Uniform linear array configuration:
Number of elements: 16
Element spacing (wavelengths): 0.25
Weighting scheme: cosine
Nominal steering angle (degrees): -45
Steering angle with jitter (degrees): -45.167
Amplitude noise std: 0.05
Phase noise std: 0.05

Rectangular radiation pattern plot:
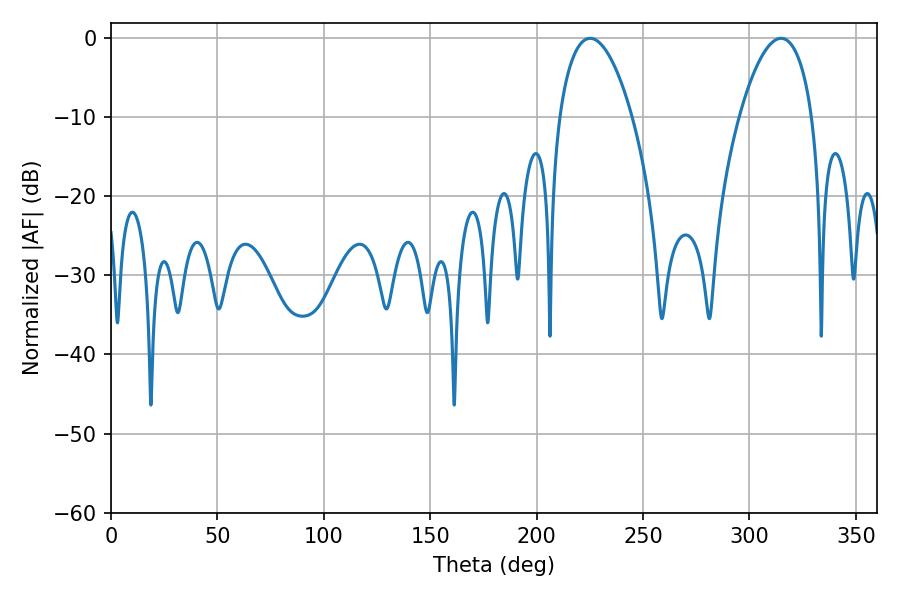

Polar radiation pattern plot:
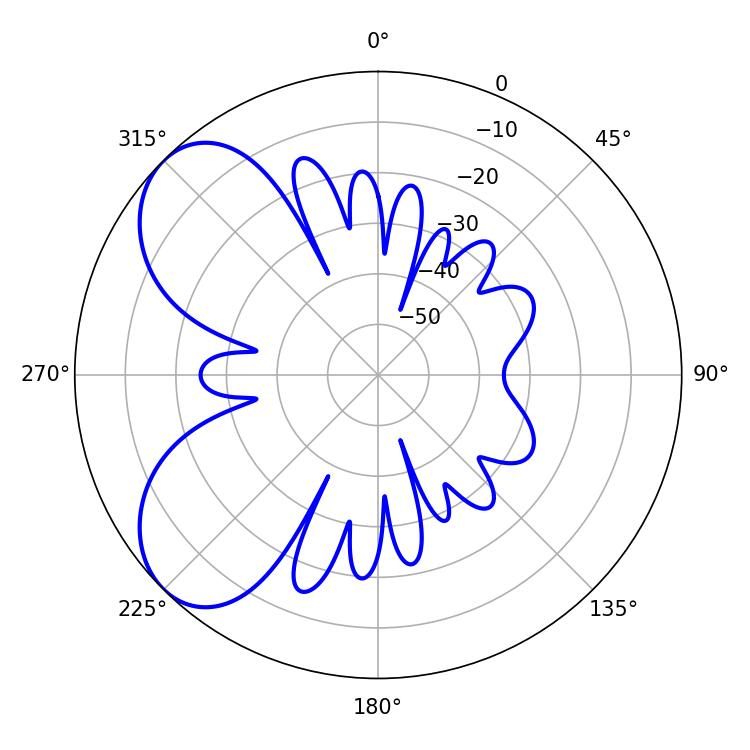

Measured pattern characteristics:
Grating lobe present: FALSE
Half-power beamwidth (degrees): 19.26
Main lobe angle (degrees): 225.18